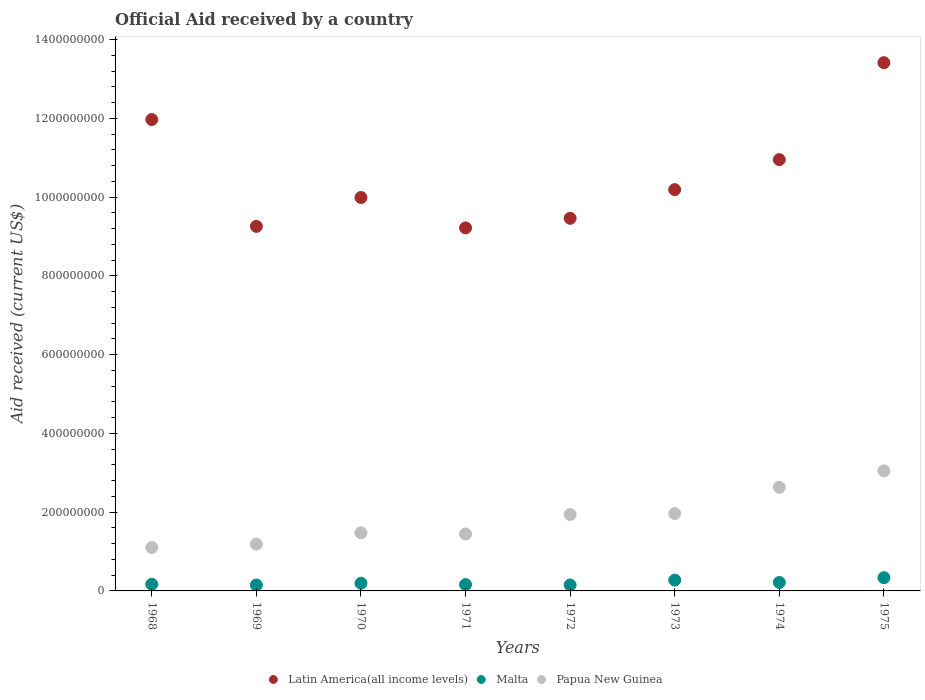
| Years | Latin America(all income levels) | Malta | Papua New Guinea |
 | --- | --- | --- | --- |
 | 1968 | 1.2e+09 | 1.68e+07 | 1.1e+08 |
 | 1969 | 9.26e+08 | 1.50e+07 | 1.19e+08 |
 | 1970 | 9.99e+08 | 1.96e+07 | 1.48e+08 |
 | 1971 | 9.22e+08 | 1.6e+07 | 1.45e+08 |
 | 1972 | 9.46e+08 | 1.5e+07 | 1.94e+08 |
 | 1973 | 1.02e+09 | 2.75e+07 | 1.96e+08 |
 | 1974 | 1.1e+09 | 2.15e+07 | 2.63e+08 |
 | 1975 | 1.34e+09 | 3.36e+07 | 3.05e+08 |